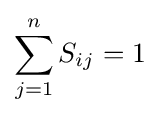
\sum _{j=1}^{n}S_{ij}=1